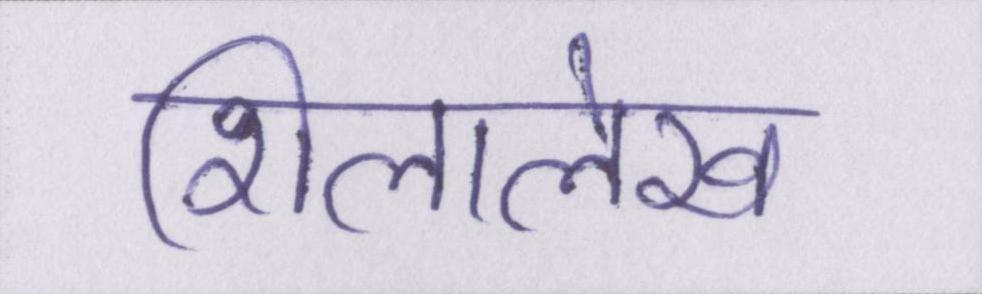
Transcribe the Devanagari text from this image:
शिलालेख